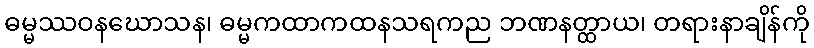
ဓမ္မဿဝနဃောသန၊ ဓမ္မကထာကထနသရကည ဘဏနတ္ထာယ၊ တရားနာချိန်ကို